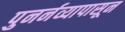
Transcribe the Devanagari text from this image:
पुनर्नव्यापासून